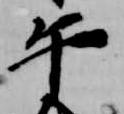
午